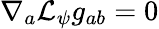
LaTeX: \nabla_{a}\mathcal{L}_{\psi}g_{ab}=0